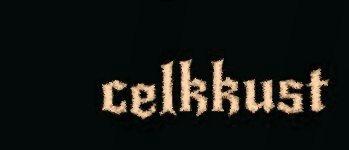
celkkust